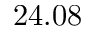
2 4 . 0 8